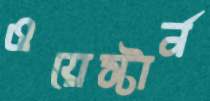
ওয়েস্টার্ন